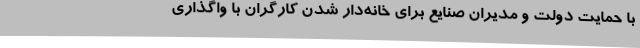
با حمایت دولت و مدیران صنایع برای خانه‌دار شدن کارگران با واگذاری